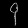
Digit: ၄